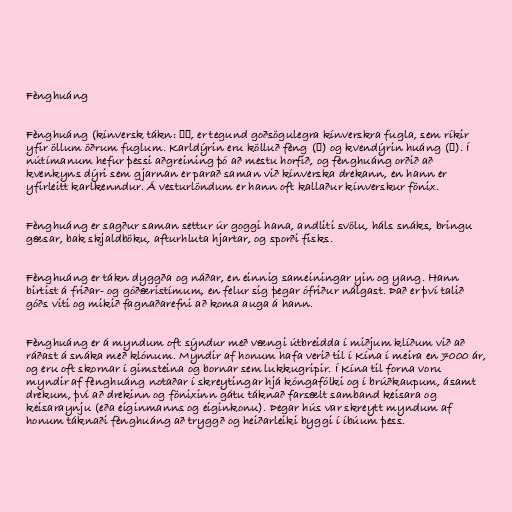
Fènghuáng

Fènghuáng (kínversk tákn: 鳳凰, er tegund goðsögulegra kínverskra fugla, sem ríkir
yfir öllum öðrum fuglum. Karldýrin eru kölluð fèng (鳳) og kvendýrin huáng (凰). Í
nútímanum hefur þessi aðgreining þó að mestu horfið, og fènghuáng orðið að
kvenkyns dýri sem gjarnan er parað saman við kínverska drekann, en hann er
yfirleitt karlkenndur. Á vesturlöndum er hann oft kallaður kínverskur fönix.

Fènghuáng er sagður saman settur úr goggi hana, andliti svölu, háls snáks, bringu
gæsar, bak skjaldböku, afturhluta hjartar, og sporði fisks.

Fènghuáng er tákn dyggða og náðar, en einnig sameiningar yin og yang. Hann
birtist á friðar- og góðæristímum, en felur sig þegar ófriður nálgast. Það er því talið
góðs viti og mikið fagnaðarefni að koma auga á hann.

Fènghuáng er á myndum oft sýndur með vængi útbreidda í miðjum klíðum við að
ráðast á snáka með klónum. Myndir af honum hafa verið til í Kína í meira en 7000 ár,
og eru oft skornar í gimsteina og bornar sem lukkugripir. Í Kína til forna voru
myndir af fènghuáng notaðar í skreytingar hjá kóngafólki og í brúðkaupum, ásamt
drekum, því að drekinn og fönixinn gátu táknað farsælt samband keisara og
keisaraynju (eða eiginmanns og eiginkonu). Þegar hús var skreytt myndum af
honum táknaði fènghuáng að tryggð og heiðarleiki byggi í íbúum þess.